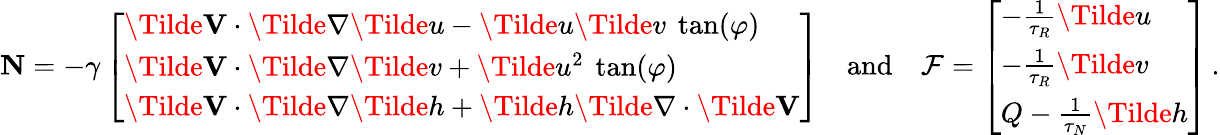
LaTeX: \textbf{N}=-\gamma\left[\begin{array}{l}{\Tilde{\textbf{V}}\cdot\Tilde{\nabla}\Tilde{u}-\Tilde{u}\Tilde{v}\ \tan(\varphi)}\\ {\Tilde{\textbf{V}}\cdot\Tilde{\nabla}\Tilde{v}+\Tilde{u}^{2}\ \tan(\varphi)}\\ {\Tilde{\textbf{V}}\cdot\Tilde{\nabla}\Tilde{h}+\Tilde{h}\Tilde{\nabla}\cdot\Tilde{\textbf{V}}}\end{array}\right]\quad\mathrm{and}\quad\mathcal{F}=\left[\begin{array}{l}{-\frac{1}{\tau_{R}}\Tilde{u}}\\ {-\frac{1}{\tau_{R}}\Tilde{v}}\\ {Q-\frac{1}{\tau_{N}}\Tilde{h}}\end{array}\right]\, .